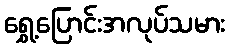
ရွှေ့ပြောင်းအလုပ်သမား